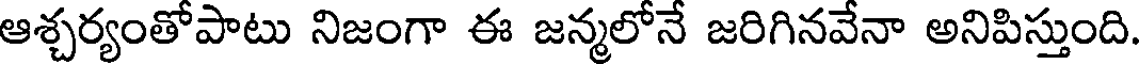
ఆశ్చర్యంతోపాటు నిజంగా ఈ జన్మలోనే జరిగినవేనా అనిపిస్తుంది.